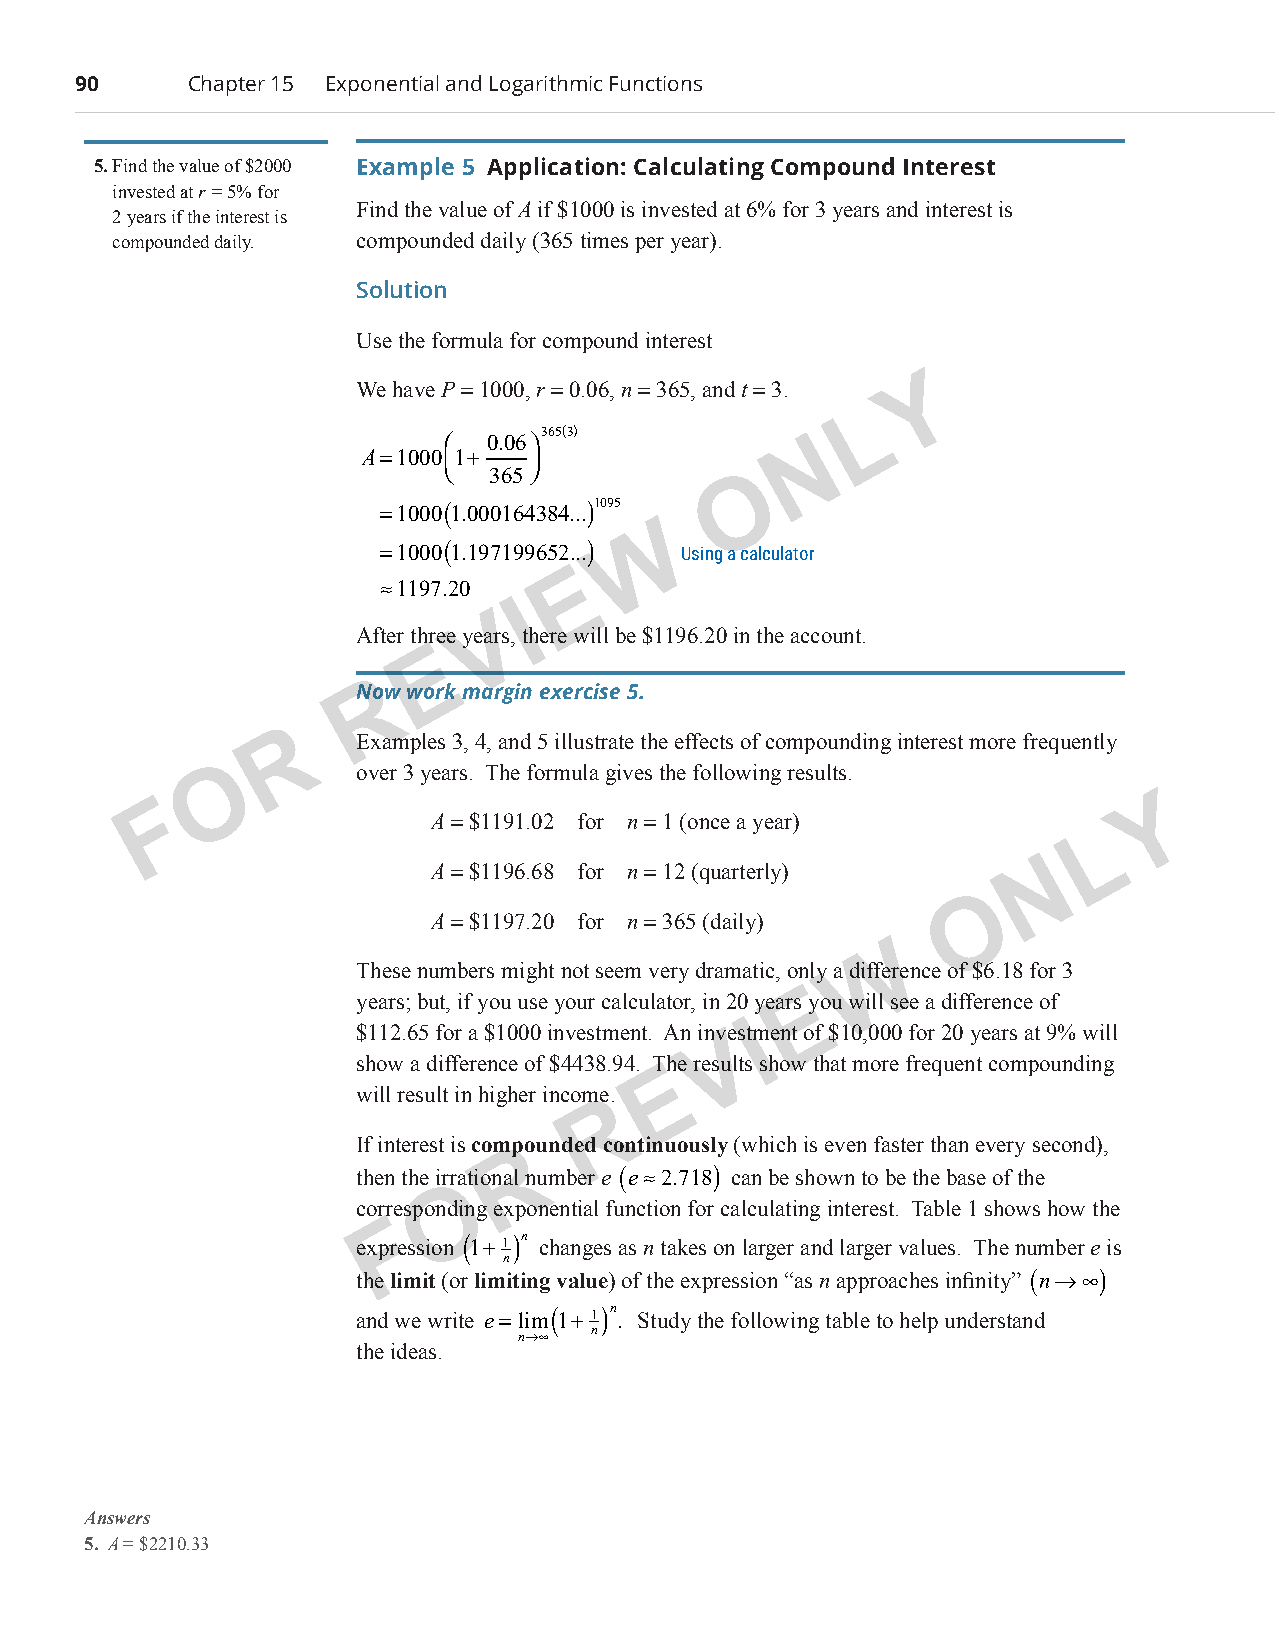
90      Chapter 15 Exponential and Logarithmic Functions
 5. Find the value of $2000 Example 5 Application: Calculating Compound Interest
 invested at r = 5% for
 Find the value of A if $1000 is invested at 6% for 3 years and interest is
 2 years if the interest is
 compounded daily. compounded daily (365 times per year).
 Solution
 Use the formula for compound interest
 Y
 We have P = 1000, r = 0.06, n = 365, and t = 3.
 L
 365(3)
  0.06                N
 A=10001+  
   365
 O
 =1000(1.000164384...)1095
 W
 =1000(1..197199652...)
 Usingacalculator
 E
 ≈1197.20
 I
 V
 After three years, there will be $1196.20 in the account.
 E
 NRow work margin exercise 5.
 R    Examples 3, 4, and 5 illustrate the effects of compounding interest more frequently
 O         over 3 years. The formula gives the following results.
 F                                                                 Y
 A = $1191.02 for n = 1 (once a year)
 L
 N
 A = $1196.68 for n = 12 (quarterly)
 O
 A = $1197.20 for n = 365 (daily)
 W
 These numbers might not seem very dramatic, only a difference of $6.18 for 3
 years; but, if you use your calculator, in 20 yearsE you will see a difference of
 $112.65 for a $1000 investment. An investmIent of $10,000 for 20 years at 9% will
 V
 show a difference of $4438.94. The results show that more frequent compounding
 E
 will result in higher income.
 R
 If interest is compoun ded continuously (which is even faster than every second),
 R
 then the irrational number e (e≈2.718) can be shown to be the base of the
 O
 corresponding exponential function for calculating interest. Table 1 shows how the
 F
 expression
 (
 1+
 1)n
 changes as n takes on larger and larger values. The number e is
 n
 the limit (or limiting value) of the expression “as n approaches infinity” (n→∞)
 and we write e= lim( 1+ 1)n . Study the following table to help understand
 n
 n→∞
 the ideas.
 Answers
 5. A = $2210.33
 PCM_Marketing_Booklet.indb 90                                            10/11/2017 10:03:53 AM